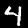
Label: 4